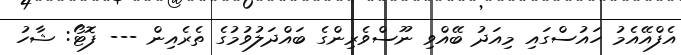
އެފްއޭއެމު ހައުސްގައި މިއަދު ބޭއްވި ނޫސްވެރިންގެ ބައްދަލުވުމުގެ ތެރެއިން --- ފޮޓޯ: ޝާހު